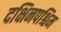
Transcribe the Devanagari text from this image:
दक्षिनपश्चिम